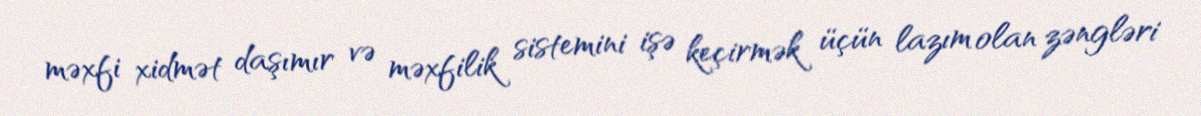
məxfi xidmət daşımır və məxfilik sistemini işə keçirmək üçün lazım olan zəngləri